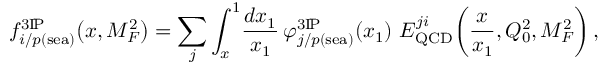
f _ { i / p ( \mathrm { s e a } ) } ^ { 3 \mathrm { I } \! \mathrm { P } } \! \left( x , M _ { F } ^ { 2 } \right) = \sum _ { j } \int _ { x } ^ { 1 } \! \frac { d x _ { 1 } } { x _ { 1 } } \, \varphi _ { j / p ( \mathrm { s e a } ) } ^ { 3 \mathrm { I } \! \mathrm { P } } \! \left( x _ { 1 } \right) \, E _ { \mathrm { Q C D } } ^ { j i } \! \left( \frac { x } { x _ { 1 } } , Q _ { 0 } ^ { 2 } , M _ { F } ^ { 2 } \right) ,